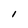
Character: l